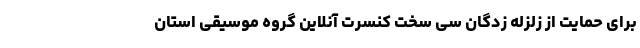
برای حمایت از زلزله ‌زدگان سی‌ سخت کنسرت آنلاین گروه موسیقی استان